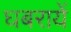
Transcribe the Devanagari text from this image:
घबरायें